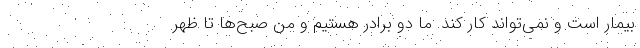
بیمار است و نمی‌تواند کار کند. ما دو برادر هستیم و من صبح‌ها تا ظهر